Scottish Leaving Certificate Examination, 1956
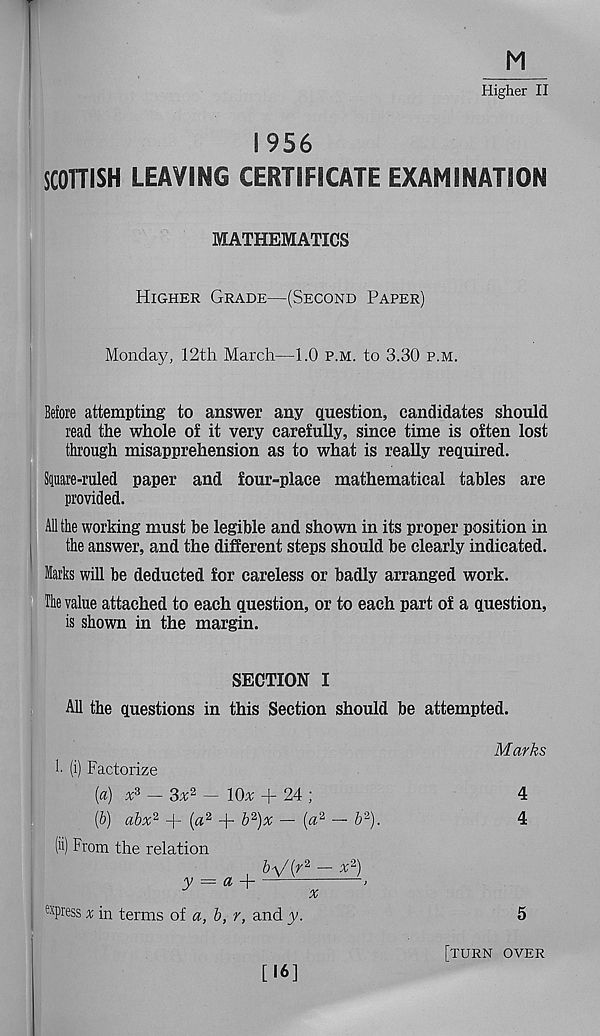
M
Higher II
1956
SCOTTISH LEAVING CERTIFICATE EXAMINATION
MATHEMATICS
Higher Grade—(Second Paper)
Monday, 12tli March—1.0 p.m. to 3.30 p.m.
Before attempting to answer any question, candidates should
read the whole of it very carefully, since time is often lost
through misapprehension as to what is really required.
Spare-ruled paper and four-place mathematical tables are
provided.
All the working must be legible and shown in its proper position in
the answer, and the different steps should be clearly indicated.
Marks will be deducted for careless or badly arranged work.
Tlie value attached to each question, or to each part of a question,
is shown in the margin.
SECTION I
All the questions in this Section should be attempted.
Marks
!■ (i) Factorize
[a) x s — 3x 2 — lOx + 24 ;
[b) abx 2 + (a 2 + b 2 )x — (a 2 — b 2 ).
4
4
(ii) From the relation
e xpress x in terms of a, b, r, and y.
5
[turn over
[16]